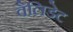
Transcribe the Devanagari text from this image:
वैलिडेट